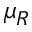
\mu _ { R }